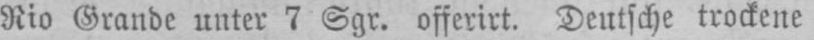
Rio Grande unter 7 Sgr. offerirt. Deutsche trockene